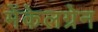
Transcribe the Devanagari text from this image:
मेंकेलग्रेन